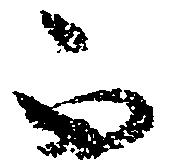
不